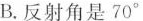
B.反射角是70°